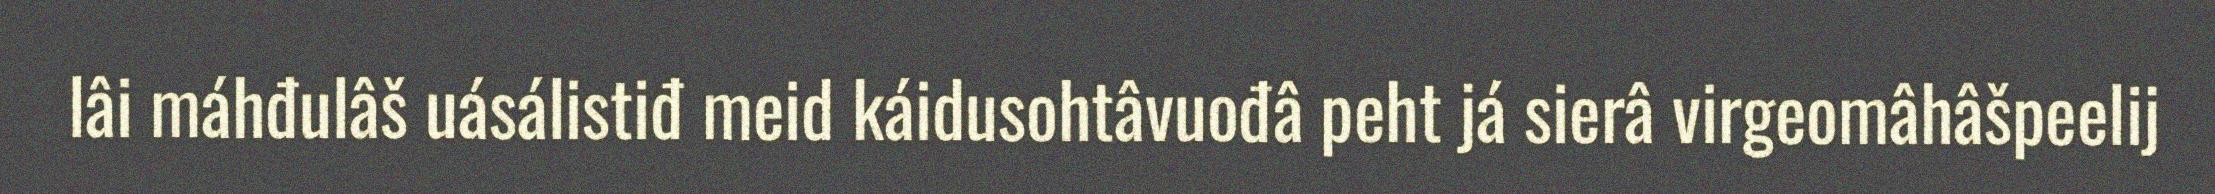
lâi máhđulâš uásálistiđ meid káidusohtâvuođâ peht já sierâ virgeomâhâšpeelij